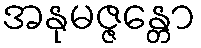
အနုမဇ္ဇန္တော